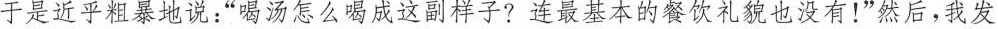
于是近乎粗暴地说：”喝汤怎么喝成这副样子?连最基本的餐饮礼貌也没有！”然后，我发